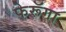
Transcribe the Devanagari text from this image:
फेरूॅगा